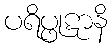
ပရိပ္ဖုဋာနိ